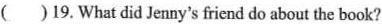
( )19.What did Jenny's friend do about the book?